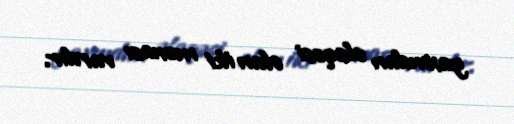
yaxından əlaqəsi olan iki mənası vardır.